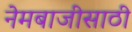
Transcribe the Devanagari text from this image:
नेमबाजीसाठी